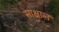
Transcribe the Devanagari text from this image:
साक्षात्‍त